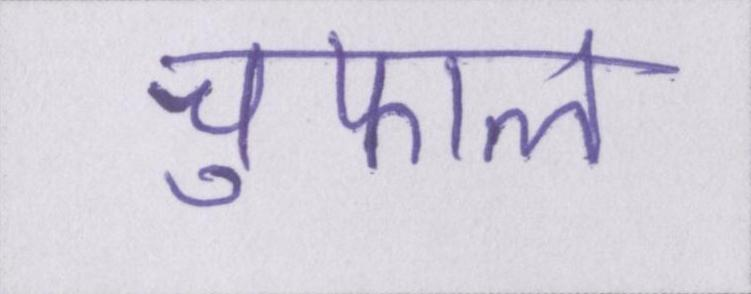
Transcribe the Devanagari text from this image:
चुफाल